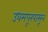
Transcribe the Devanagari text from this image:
उधमपूरपासून